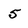
Character: 5